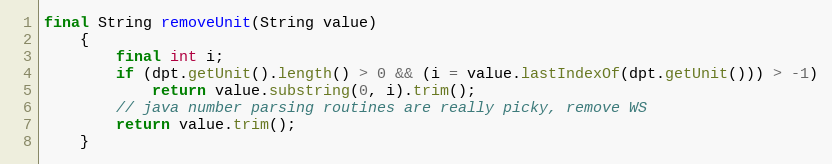
Language: Java
final String removeUnit(String value)
	{
		final int i;
		if (dpt.getUnit().length() > 0 && (i = value.lastIndexOf(dpt.getUnit())) > -1)
			return value.substring(0, i).trim();
		// java number parsing routines are really picky, remove WS
		return value.trim();
	}